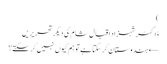
)
ڈاکٹر شہزاد اقبال شام کی دیگر تحریریں
← ہندوستان کر سکتا ہے تو ہم کیوں نہیں کر سکتے؟